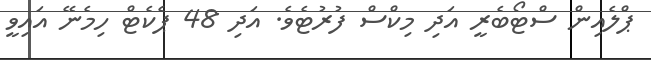
ޕްލެއިން ސްޓޯބެރީ އަދި މިކްސް ފުރުޓެވެ. އަދި 48 ޕެކެޓް ހިމެނޭ އައިވީ